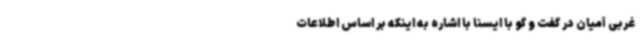
غربی آمیان در گفت و گو با ایسنا با اشاره به اینکه بر اساس اطلاعات